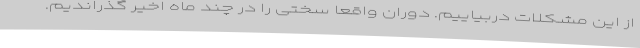
از این مشکلات دربیاییم. دوران واقعا سختی را در چند ماه اخیر گذراندیم.